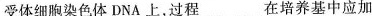
受体细胞染色体DNA上，过程___在培养基中应加